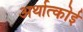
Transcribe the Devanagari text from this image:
अर्थात्कोई